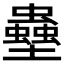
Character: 𫯀